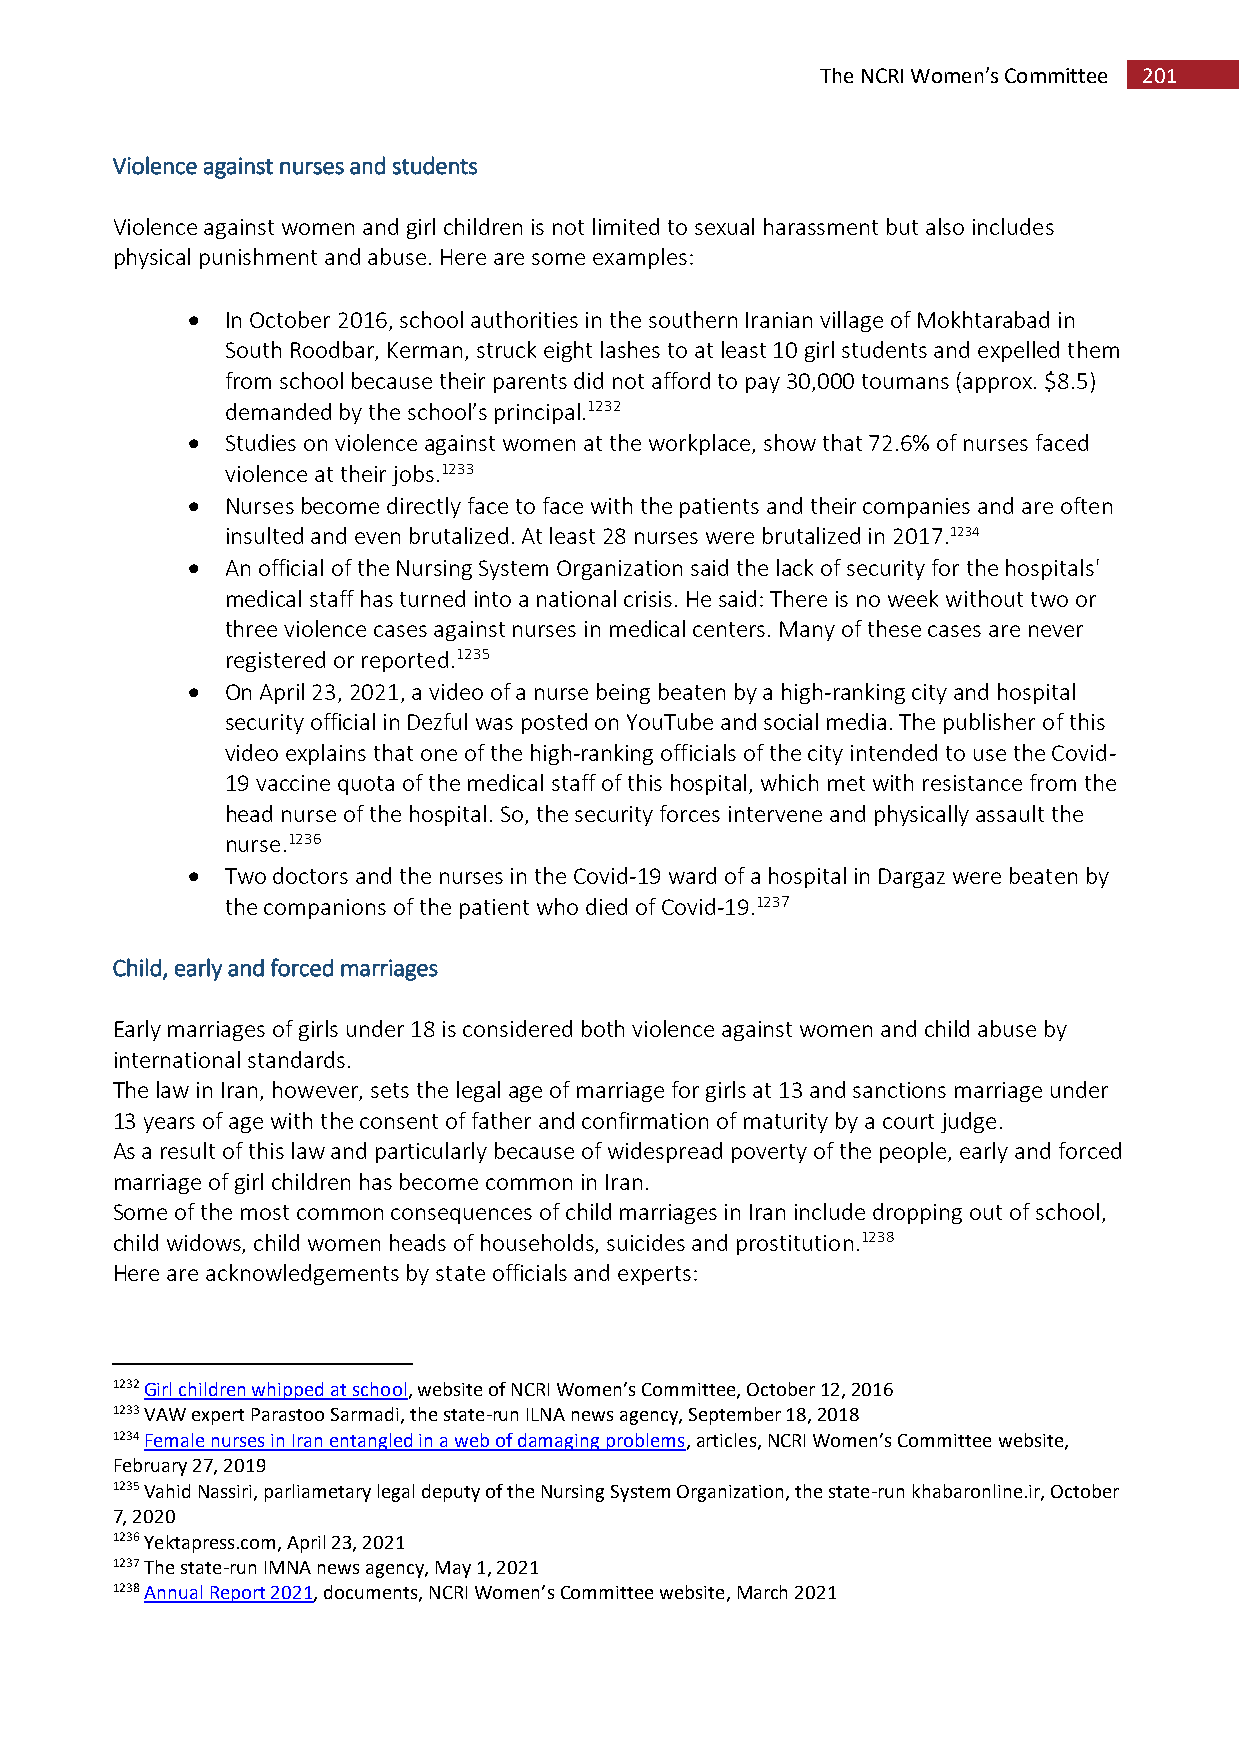
The NCRI Women’s Committee 201
 Violence against nurses and students
 Violence against women and girl children is not limited to sexual harassment but also includes
 physical punishment and abuse. Here are some examples:
   In October 2016, school authorities in the southern Iranian village of Mokhtarabad in
 South Roodbar, Kerman, struck eight lashes to at least 10 girl students and expelled them
 from school because their parents did not afford to pay 30,000 toumans (approx. $8.5)
 demanded by the school’s principal.1232
   Studies on violence against women at the workplace, show that 72.6% of nurses faced
 violence at their jobs.1233
   Nurses become directly face to face with the patients and their companies and are often
 insulted and even brutalized. At least 28 nurses were brutalized in 2017.1234
   An official of the Nursing System Organization said the lack of security for the hospitals'
 medical staff has turned into a national crisis. He said: There is no week without two or
 three violence cases against nurses in medical centers. Many of these cases are never
 registered or reported.1235
   On April 23, 2021, a video of a nurse being beaten by a high-ranking city and hospital
 security official in Dezful was posted on YouTube and social media. The publisher of this
 video explains that one of the high-ranking officials of the city intended to use the Covid-
 19 vaccine quota of the medical staff of this hospital, which met with resistance from the
 head nurse of the hospital. So, the security forces intervene and physically assault the
 nurse.1236
   Two doctors and the nurses in the Covid-19 ward of a hospital in Dargaz were beaten by
 the companions of the patient who died of Covid-19.1237
 Child, early and forced marriages
 Early marriages of girls under 18 is considered both violence against women and child abuse by
 international standards.
 The law in Iran, however, sets the legal age of marriage for girls at 13 and sanctions marriage under
 13 years of age with the consent of father and confirmation of maturity by a court judge.
 As a result of this law and particularly because of widespread poverty of the people, early and forced
 marriage of girl children has become common in Iran.
 Some of the most common consequences of child marriages in Iran include dropping out of school,
 child widows, child women heads of households, suicides and prostitution.1238
 Here are acknowledgements by state officials and experts:
 1232 Girl children whipped at school, website of NCRI Women’s Committee, October 12, 2016
 1233 VAW expert Parastoo Sarmadi, the state-run ILNA news agency, September 18, 2018
 1234 Female nurses in Iran entangled in a web of damaging problems, articles, NCRI Women’s Committee website,
 February 27, 2019
 1235 Vahid Nassiri, parliametary legal deputy of the Nursing System Organization, the state-run khabaronline.ir, October
 7, 2020
 1236 Yektapress.com, April 23, 2021
 1237 The state-run IMNA news agency, May 1, 2021
 1238 Annual Report 2021, documents, NCRI Women’s Committee website, March 2021